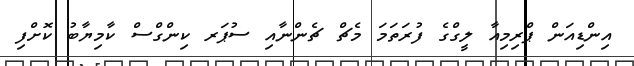
އިންޑިއަން ޕްރިމިއާ ލީގްގެ ފުރަތަމަ މެޗް ޗެންނާއި ސުޕަރ ކިންގްސް ކާމިޔާބު ކޮށްފި